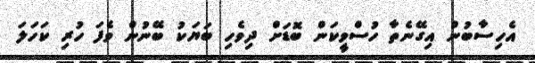
އެހިސާބުން އިގޭނެތާ ހުސްވީކަން ބޮޑަށް ދިވެހި ބަޔަކު ބޭނުން ވެފަ ހުރި ކަހަލަ